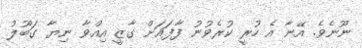
ނޫނެވެ. އޭނާ އެ ހުރީ ކުރެވުނު ފާފައަށް ގާޒީ އިއްވާ ނިޔާ ގަބޫލު